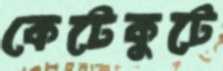
কেটেকুটে